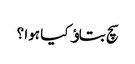
سچ بتاﺅ کیا ہوا ؟